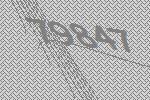
79847